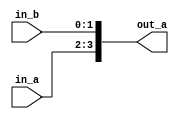
module ARY_NR_LBND (in_a, in_b, out_a);
   input [1:0] in_a, in_b;
   output [4:1] out_a;
   assign out_a = {in_a, in_b};
endmodule